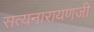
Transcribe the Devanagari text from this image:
सत्यनारायणजी